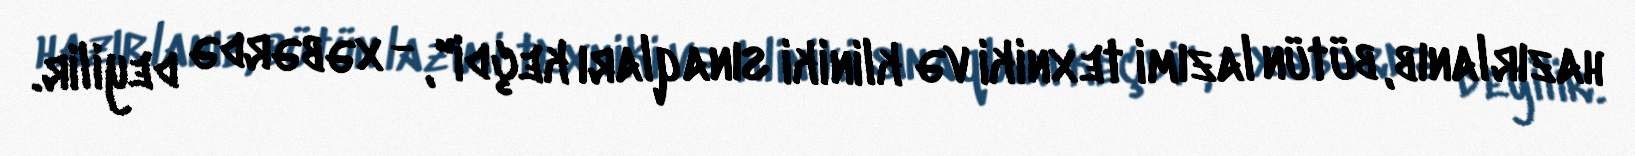
hazırlanıb, bütün lazımi texniki və kliniki sınaqları keçdi", - xəbərdə deyilir.